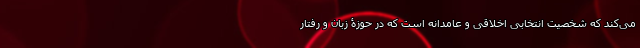
می‌کند که شخصیتْ انتخابی اخلاقی و عامدانه است که در حوزۀ زبان و رفتار